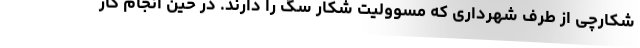
شکارچی از طرف شهرداری که مسوولیت شکار سگ را دارند. در حین انجام کار